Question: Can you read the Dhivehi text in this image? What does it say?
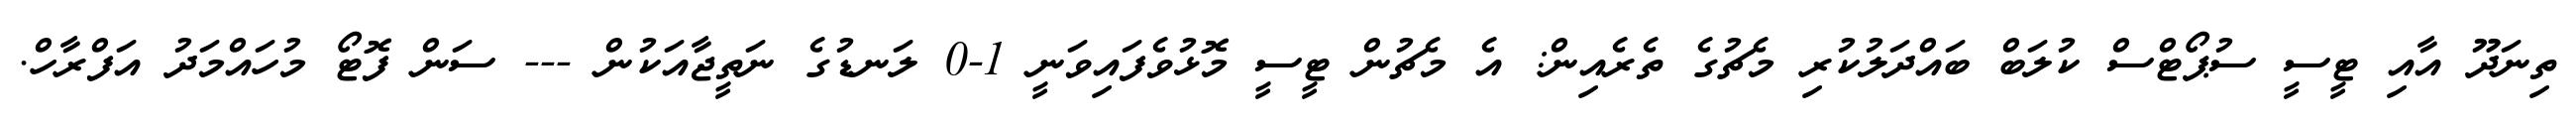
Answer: ތިނަދޫ އާއި ޓީސީ ސުޕޯޓްސް ކުލަބް ބައްދަލުކުރި މެޗުގެ ތެރެއިން: އެ މެޗުން ޓީސީ މޮޅުވެފައިވަނީ 1-0 ލަނޑުގެ ނަތީޖާއަކުން --- ސަން ފޮޓޯ މުހައްމަދު އަފްރާހް.